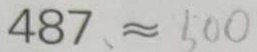
4 8 7 、 \approx 5 0 0